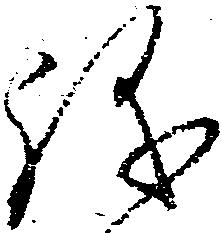
儀